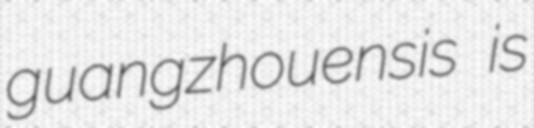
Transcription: guangzhouensis is